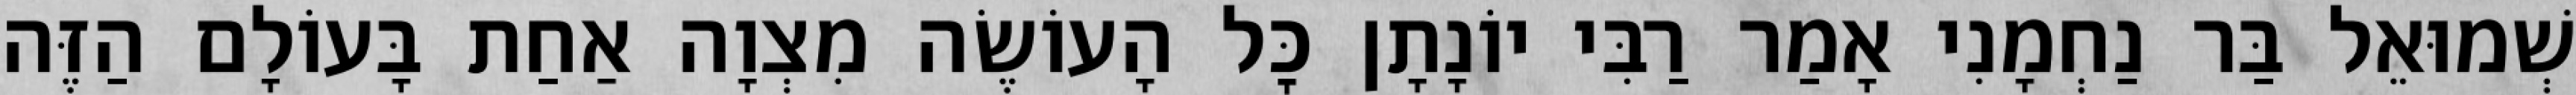
שְׁמוּאֵל בַּר נַחְמָנִי אָמַר רַבִּי יוֹנָתָן כׇּל הָעוֹשֶׂה מִצְוָה אַחַת בָּעוֹלָם הַזֶּה